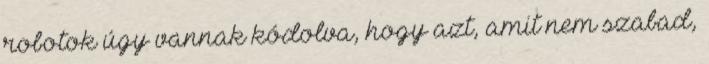
robotok úgy vannak kódolva, hogy azt, amit nem szabad,